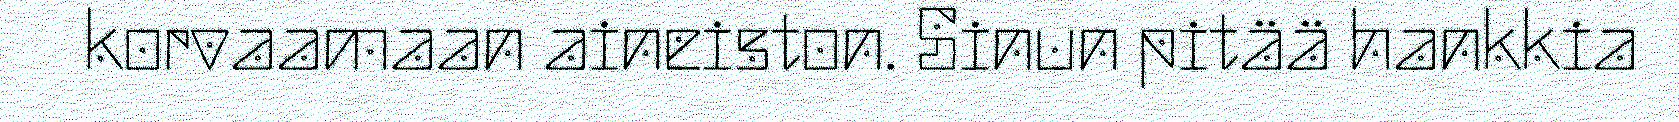
korvaamaan aineiston. Sinun pitää hankkia